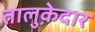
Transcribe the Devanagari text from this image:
तालुक़ेदार